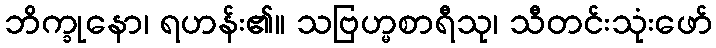
ဘိက္ခုနော၊ ရဟန်း၏။ သဗြဟ္မစာရီသု၊ သီတင်းသုံးဖော်